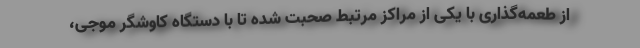
از طعمه‌گذاری با یکی از مراکز مرتبط صحبت شده تا با دستگاه کاوشگر موجی،